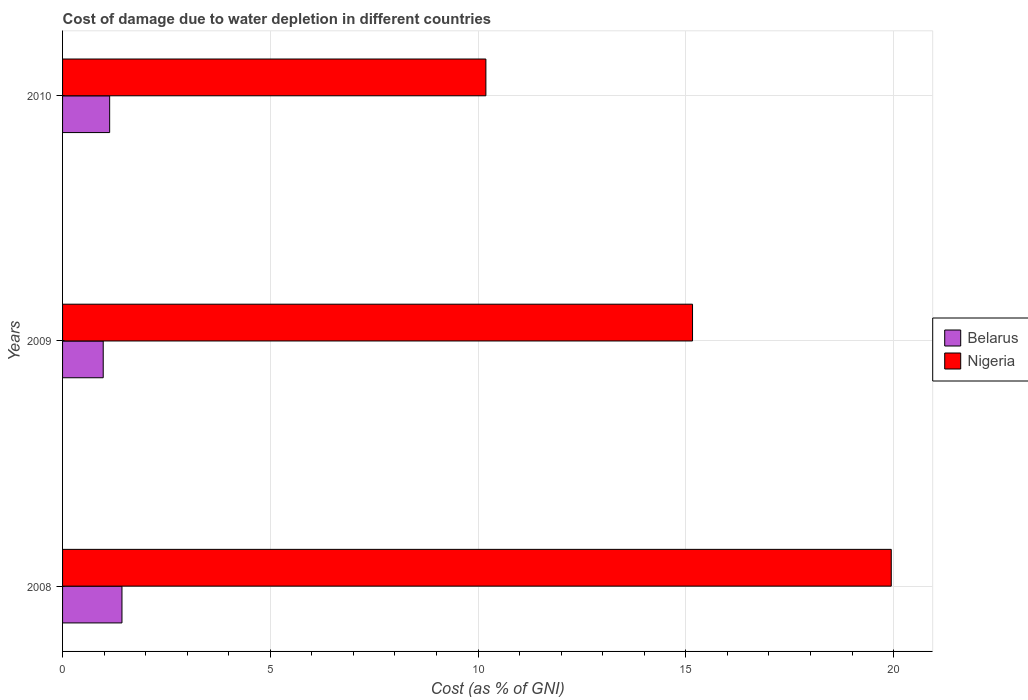
| Years | Belarus | Nigeria |
 | --- | --- | --- |
 | 2008 | 1.43 | 19.9 |
 | 2009 | 0.978 | 15.2 |
 | 2010 | 1.13 | 10.2 |